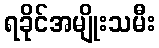
ရခိုင်အမျိုးသမီး